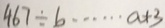
4 6 7 \div b \cdots a + 3